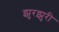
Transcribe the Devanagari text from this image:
झुरझुरी